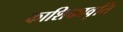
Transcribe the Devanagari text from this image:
काशिकावृति